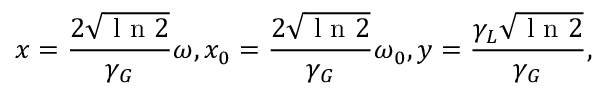
x = \frac { 2 \sqrt { \textrm { l n } 2 } } { \gamma _ { G } } \omega , x _ { 0 } = \frac { 2 \sqrt { \textrm { l n } 2 } } { \gamma _ { G } } \omega _ { 0 } , y = \frac { \gamma _ { L } \sqrt { \textrm { l n } 2 } } { \gamma _ { G } } ,